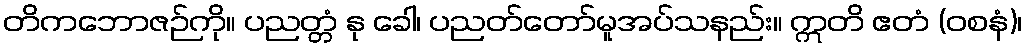
တိကဘောဇဉ်ကို။ ပညတ္တံ နု ခေါ၊ ပညတ်တော်မူအပ်သနည်း။ ဣတိ ဧတံ (ဝစနံ)၊